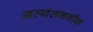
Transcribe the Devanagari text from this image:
अत्यंतनवीन